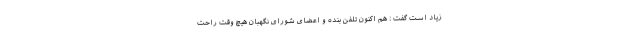
زیاد است گفت : هم اکنون تلفن بنده و اعضای شورای نگهبان هیچ وقت راحت